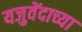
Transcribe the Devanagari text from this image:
यजुवेंदाच्या